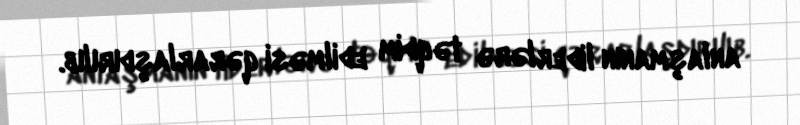
anlaşmanın liderlərə təqdim edilməsi qərarlaşdırılıb.